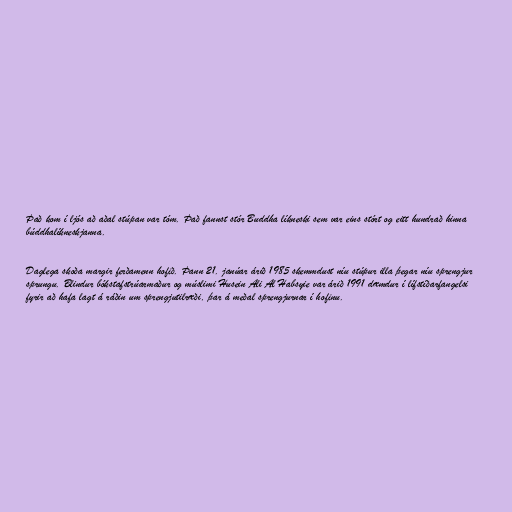
Það kom í ljós að aðal stúpan var tóm. Það fannst stór Buddha líkneski sem var eins stórt og eitt hundrað hinna
búddhalíkneskjanna.

Daglega skoða margir ferðamenn hofið. Þann 21. janúar árið 1985 skemmdust níu stúpur illa þegar níu sprengjur
sprungu. Blindur bókstafstrúarmaður og múslimi Husein Ali Al Habsyie var árið 1991 dæmdur í lífstíðarfangelsi
fyrir að hafa lagt á ráðin um sprengjutilræði, þar á meðal sprengjurnar í hofinu.